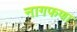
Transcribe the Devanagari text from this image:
नागफणा